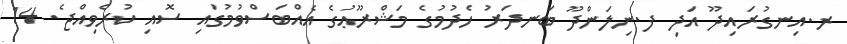
ރ.އިނގުރައިދޫ އަދި ފ.ނިލަންދޫ ބަނދަރު ހެދުމުގެ މަޝްރޫޢުގެ އެއްބަސްވުމުގައި ސޮއި ކުރެވިއްޖެ. 14